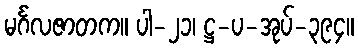
မင်္ဂလဇာတက။ ပါ-၂၁၊ ဋ္ဌ-ပ-အုပ်-၃၉၄။